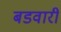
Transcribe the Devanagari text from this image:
बडवारी